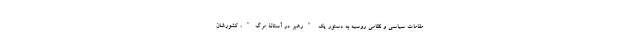
مقامات سیاسی و نظامی روسیه به دستور یک "رهبر در آستانۀ مرگ"، کشورشان